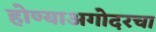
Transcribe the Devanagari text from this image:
होण्याअगोदरचा